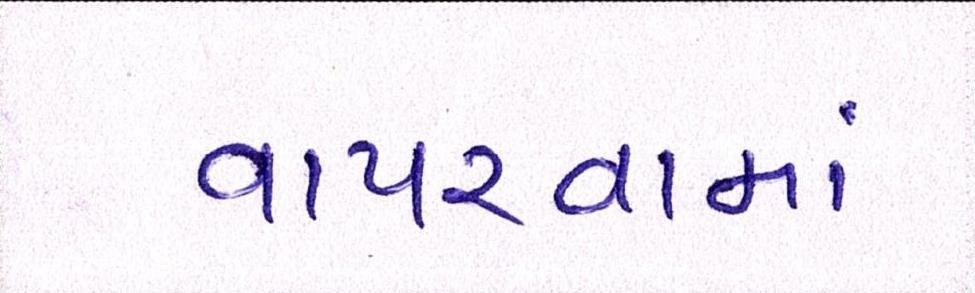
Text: વાપરવામાં